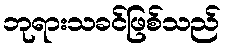
ဘုရားသခင်ဖြစ်သည်